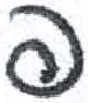
אות: פ